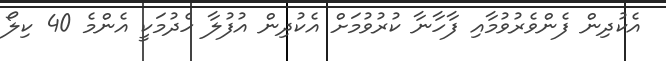
އެކުދިން ފެންވެރުވުމާއި ފާހާނާ ކުރުވުމަށް އެކުދިން އުފުލާ ހެދުމަކީ އެންމެ 40 ކިލޯ